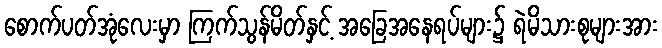
စောက်ပတ်အုံလေးမှာ ကြက်သွန်မိတ်နှင့် အခြေအနေရပ်များ၌ ရဲမိသားစုများအား